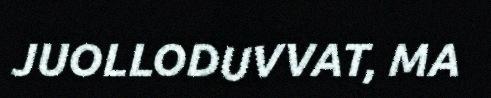
JUOLLODUVVAT, MA